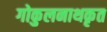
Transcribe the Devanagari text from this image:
गोकुलनाथकृत